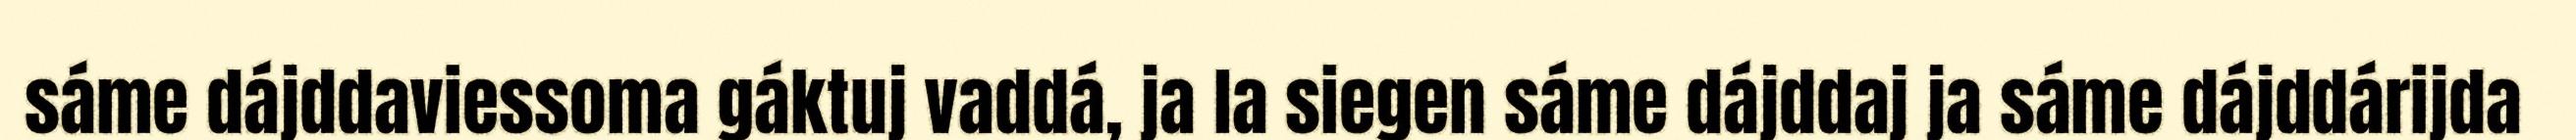
sáme dájddaviessoma gáktuj vaddá, ja la siegen sáme dájddaj ja sáme dájddárijda